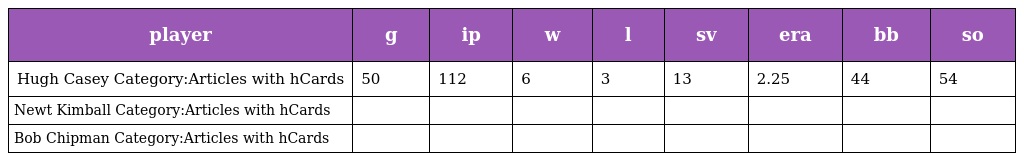
| player | g | ip | w | l | sv | era | bb | so |
 | --- | --- | --- | --- | --- | --- | --- | --- | --- |
 | Hugh Casey Category:Articles with hCards | 50 | 112 | 6 | 3 | 13 | 2.25 | 44 | 54 |
 | Newt Kimball Category:Articles with hCards |  |  |  |  |  |  |  |  |
 | Bob Chipman Category:Articles with hCards |  |  |  |  |  |  |  |  |